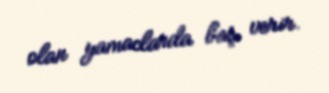
olan yamaclarda baş verir.